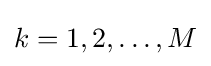
k=1,2,\ldots ,M